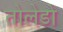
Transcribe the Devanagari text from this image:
तोलेडो